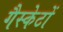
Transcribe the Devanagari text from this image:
गैस्केटों